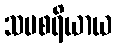
သမစရိယာယ